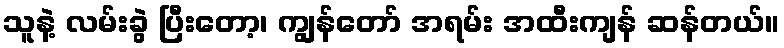
သူနဲ့ လမ်းခွဲ ပြီးတော့၊ ကျွန်တော် အရမ်း အထီးကျန် ဆန်တယ်။